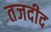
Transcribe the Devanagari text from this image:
तजदीद